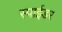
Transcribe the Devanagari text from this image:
स्पाईडर